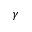
\gamma